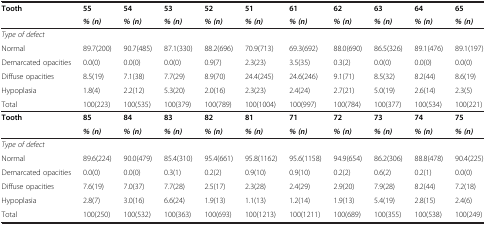
<table><thead><tr><td><b>Tooth</b></td><td><b>55</b></td><td><b>54</b></td><td><b>53</b></td><td><b>52</b></td><td><b>51</b></td><td><b>61</b></td><td><b>62</b></td><td><b>63</b></td><td><b>64</b></td><td><b>65</b></td></tr><tr><td><b> </b></td><td><b><i>% (n)</i></b></td><td><b><i>% (n)</i></b></td><td><b><i>% (n)</i></b></td><td><b><i>% (n)</i></b></td><td><b><i>% (n)</i></b></td><td><b><i>% (n)</i></b></td><td><b><i>% (n)</i></b></td><td><b><i>% (n)</i></b></td><td><b><i>% (n)</i></b></td><td><b><i>% (n)</i></b></td></tr></thead><tbody><tr><td><i>Type of defect</i></td><td> </td><td> </td><td> </td><td> </td><td> </td><td> </td><td> </td><td> </td><td> </td><td> </td></tr><tr><td>Normal</td><td>89.7(200)</td><td>90.7(485)</td><td>87.1(330)</td><td>88.2(696)</td><td>70.9(713)</td><td>69.3(692)</td><td>88.0(690)</td><td>86.5(326)</td><td>89.1(476)</td><td>89.1(197)</td></tr><tr><td>Demarcated opacities</td><td>0.0(0)</td><td>0.0(0)</td><td>0.0(0)</td><td>0.9(7)</td><td>2.3(23)</td><td>3.5(35)</td><td>0.3(2)</td><td>0.0(0)</td><td>0.0(0)</td><td>0.0(0)</td></tr><tr><td>Diffuse opacities</td><td>8.5(19)</td><td>7.1(38)</td><td>7.7(29)</td><td>8.9(70)</td><td>24.4(245)</td><td>24.6(246)</td><td>9.1(71)</td><td>8.5(32)</td><td>8.2(44)</td><td>8.6(19)</td></tr><tr><td>Hypoplasia</td><td>1.8(4)</td><td>2.2(12)</td><td>5.3(20)</td><td>2.0(16)</td><td>2.3(23)</td><td>2.4(24)</td><td>2.7(21)</td><td>5.0(19)</td><td>2.6(14)</td><td>2.3(5)</td></tr><tr><td>Total</td><td>100(223)</td><td>100(535)</td><td>100(379)</td><td>100(789)</td><td>100(1004)</td><td>100(997)</td><td>100(784)</td><td>100(377)</td><td>100(534)</td><td>100(221)</td></tr><tr><td><b>Tooth</b></td><td><b>85</b></td><td><b>84</b></td><td><b>83</b></td><td><b>82</b></td><td><b>81</b></td><td><b>71</b></td><td><b>72</b></td><td><b>73</b></td><td><b>74</b></td><td><b>75</b></td></tr><tr><td> </td><td><b><i>% (n)</i></b></td><td><b><i>% (n)</i></b></td><td><b><i>% (n)</i></b></td><td><b><i>% (n)</i></b></td><td><b><i>% (n)</i></b></td><td><b><i>% (n)</i></b></td><td><b><i>% (n)</i></b></td><td><b><i>% (n)</i></b></td><td><b><i>% (n)</i></b></td><td><b><i>% (n)</i></b></td></tr><tr><td><i>Type of defect</i></td><td> </td><td> </td><td> </td><td> </td><td> </td><td> </td><td> </td><td> </td><td> </td><td> </td></tr><tr><td>Normal</td><td>89.6(224)</td><td>90.0(479)</td><td>85.4(310)</td><td>95.4(661)</td><td>95.8(1162)</td><td>95.6(1158)</td><td>94.9(654)</td><td>86.2(306)</td><td>88.8(478)</td><td>90.4(225)</td></tr><tr><td>Demarcated opacities</td><td>0.0(0)</td><td>0.0(0)</td><td>0.3(1)</td><td>0.2(2)</td><td>0.9(10)</td><td>0.9(10)</td><td>0.2(2)</td><td>0.6(2)</td><td>0.2(1)</td><td>0.0(0)</td></tr><tr><td>Diffuse opacities</td><td>7.6(19)</td><td>7.0(37)</td><td>7.7(28)</td><td>2.5(17)</td><td>2.3(28)</td><td>2.4(29)</td><td>2.9(20)</td><td>7.9(28)</td><td>8.2(44)</td><td>7.2(18)</td></tr><tr><td>Hypoplasia</td><td>2.8(7)</td><td>3.0(16)</td><td>6.6(24)</td><td>1.9(13)</td><td>1.1(13)</td><td>1.2(14)</td><td>1.9(13)</td><td>5.4(19)</td><td>2.8(15)</td><td>2.4(6)</td></tr><tr><td>Total</td><td>100(250)</td><td>100(532)</td><td>100(363)</td><td>100(693)</td><td>100(1213)</td><td>100(1211)</td><td>100(689)</td><td>100(355)</td><td>100(538)</td><td>100(249)</td></tr></tbody></table>